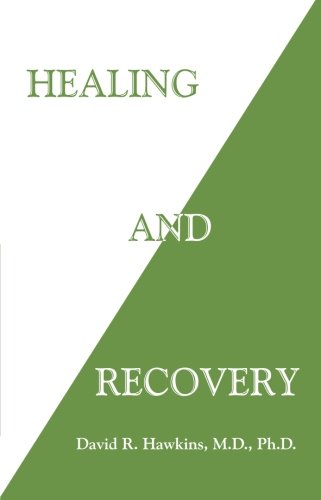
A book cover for Healing and Recovery; David R. Hawkins  M.D.  Ph.D.; Religion & Spirituality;